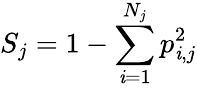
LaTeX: S_{j}=1-\sum_{\mathit{i}=1}^{N_{j}}p_{\mathit{i},j}^{2}